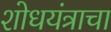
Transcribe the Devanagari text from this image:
शोधयंत्राचा